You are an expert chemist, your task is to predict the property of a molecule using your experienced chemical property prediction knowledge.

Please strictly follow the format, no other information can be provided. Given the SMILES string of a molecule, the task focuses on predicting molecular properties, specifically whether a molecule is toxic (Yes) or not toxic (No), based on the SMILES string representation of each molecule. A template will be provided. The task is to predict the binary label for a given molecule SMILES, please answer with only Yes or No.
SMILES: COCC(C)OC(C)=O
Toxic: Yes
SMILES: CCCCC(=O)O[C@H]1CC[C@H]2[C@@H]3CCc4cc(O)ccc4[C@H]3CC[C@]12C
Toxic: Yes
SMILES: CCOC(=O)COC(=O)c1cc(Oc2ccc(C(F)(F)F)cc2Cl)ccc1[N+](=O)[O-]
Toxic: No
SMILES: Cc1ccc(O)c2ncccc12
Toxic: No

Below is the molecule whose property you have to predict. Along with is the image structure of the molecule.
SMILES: CN1CCOCC1
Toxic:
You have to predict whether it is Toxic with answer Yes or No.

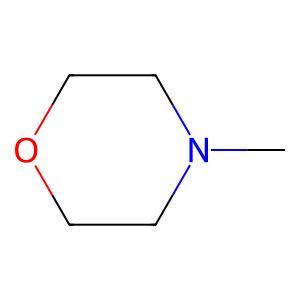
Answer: No